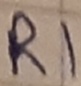
Text: R1